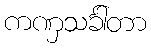
ကဏှသင်္ခါတာ